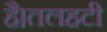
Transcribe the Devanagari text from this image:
है।तलहटी